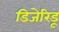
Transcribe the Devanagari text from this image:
डिजेरिडू